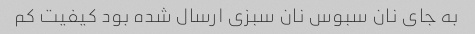
به جای نان سبوس نان سبزی ارسال شده بود کیفیت کم